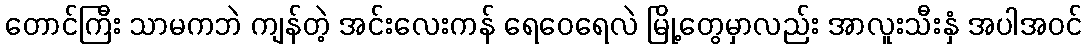
တောင်ကြီး သာမကဘဲ ကျန်တဲ့ အင်းလေးကန် ရေဝေရေလဲ မြို့တွေမှာလည်း အာလူးသီးနှံ အပါအဝင်